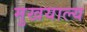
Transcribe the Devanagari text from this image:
मुखयाल्य